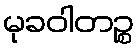
မုခဝါတဉ္စ